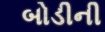
બોડીની